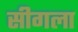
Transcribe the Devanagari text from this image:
सीगला